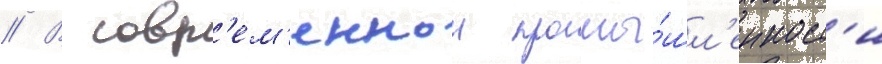
// В совр'ем'еннои промы́шл'енност'и